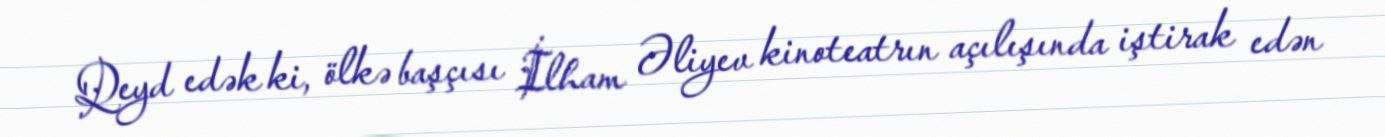
Qeyd edək ki, ölkə başçısı İlham Əliyev kinoteatrın açılışında iştirak edən